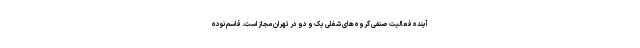
آینده فعالیت صنفی گروه های شغلی یک و دو در تهران مجاز است. قاسم نوده